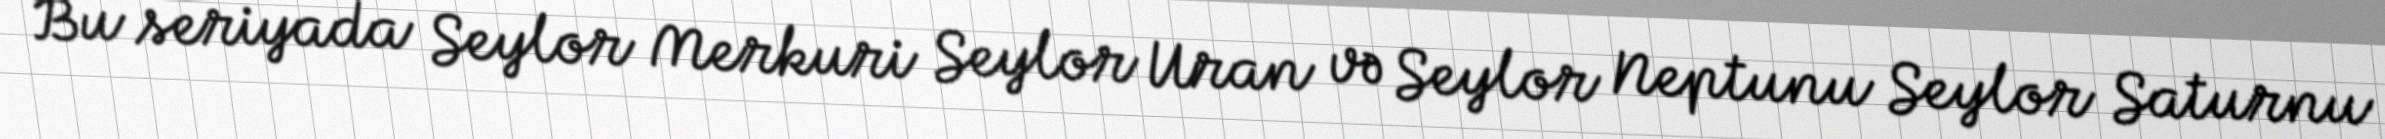
Bu seriyada Seylor Merkuri Seylor Uran və Seylor Neptunu Seylor Saturnu